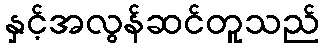
နှင့်အလွန်ဆင်တူသည်